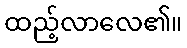
ထည့်လာလေ၏။